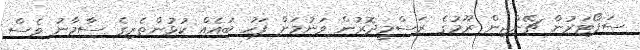
ސަޕޯޓަރުން ޗޭންޖިން ރޫމުގެ ރަސްމީދޮރުން ވަނުމަށް ފަހު ބައެއް ކުޅުންތެރިގެ ސާމާނު ވެސް